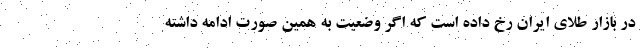
در بازار طلای ایران رخ داده است که اگر وضعیت به همین صورت ادامه داشته